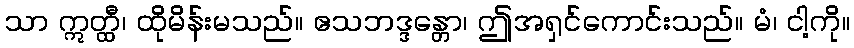
သာ ဣတ္ထီ၊ ထိုမိန်းမသည်။ ဧသဘဒ္ဒန္တော၊ ဤအရှင်ကောင်းသည်။ မံ၊ ငါ့ကို။